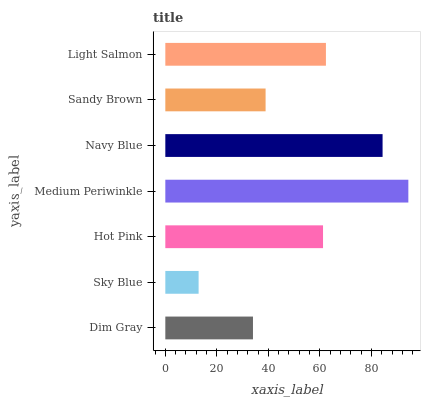
| yaxis_label | bars |
 | --- | --- |
 | Dim Gray | 34 |
 | Sky Blue | 12.9 |
 | Hot Pink | 61.2 |
 | Medium Periwinkle | 94.3 |
 | Navy Blue | 84.3 |
 | Sandy Brown | 38.9 |
 | Light Salmon | 62.3 |